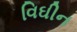
વિઘીન